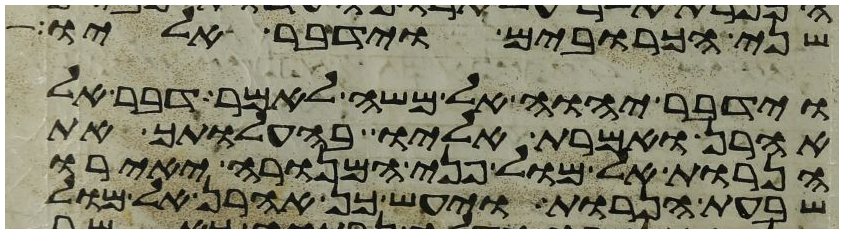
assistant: שני הכרובים וידבר אליו
וידבר יהוה אל משה לאמר דבר אל
אהרן ואמרת אליו בהעלותך את
הנרות אל מול פני המנורה יאירו
שבעת הנרות ויעש כן אהרן אל מול